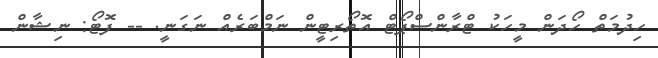
ހިދުމަތް ހޯދަން މީހަކު ޓްރާންސްޕޯޓް އޮތޯރިޓީން ނަމްބަރެއް ނަގަނީ. -- ފޮޓޯ: ނިޝާން